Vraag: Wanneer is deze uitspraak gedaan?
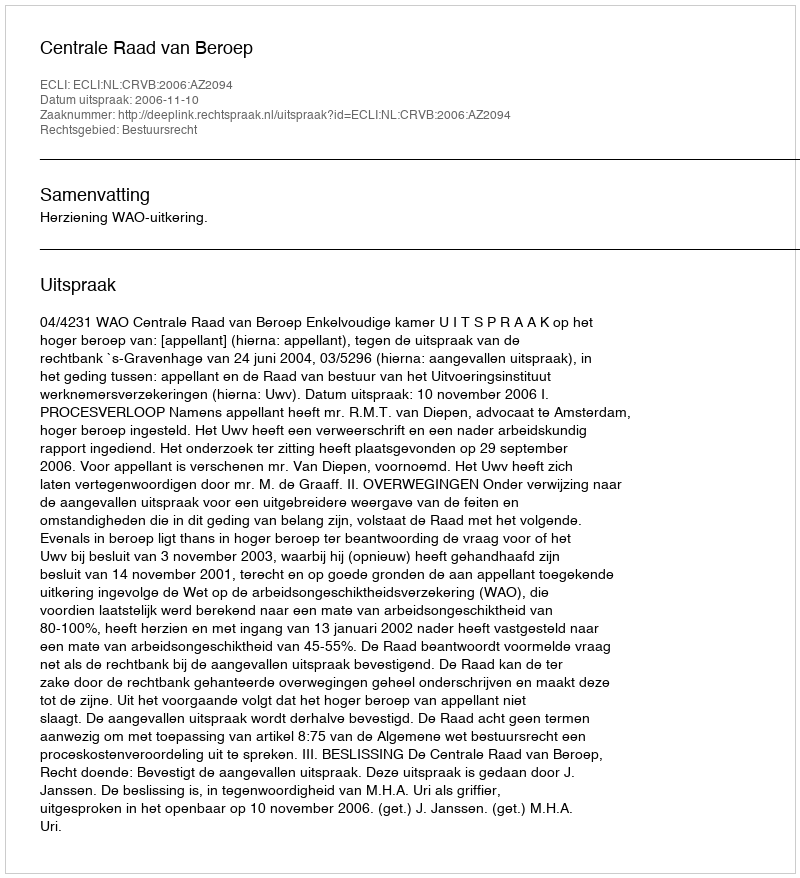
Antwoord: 2006-11-10